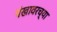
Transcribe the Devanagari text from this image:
पंखावरच्या